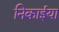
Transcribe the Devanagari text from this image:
निकाईया